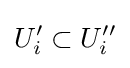
U_{i}'\subset U_{i}''